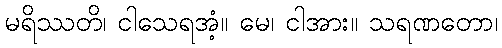
မရိဿတိ၊ ငါသေရအံ့။ မေ၊ ငါအား။ သရဏတော၊